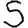
Digit: 5